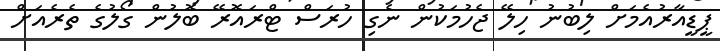
ޕީޑީއާރުއެމަށް ލިބުނު ހިލޭ ޖެހުމަކުން ނެގި ހުރަސް ޓްރައޮރޭ ބޮލުން ގޯލުގެ ތެރެއަށް